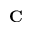
\mathbf { C }